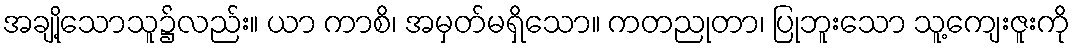
အချို့သောသူ၌လည်း။ ယာ ကာစိ၊ အမှတ်မရှိသော။ ကတညုတာ၊ ပြုဘူးသော သူ့ကျေးဇူးကို